342_HS1-416511228_319.1 Flying Discs 1949
Agency: Department of War
Incident date: 1/9/50
Page 44
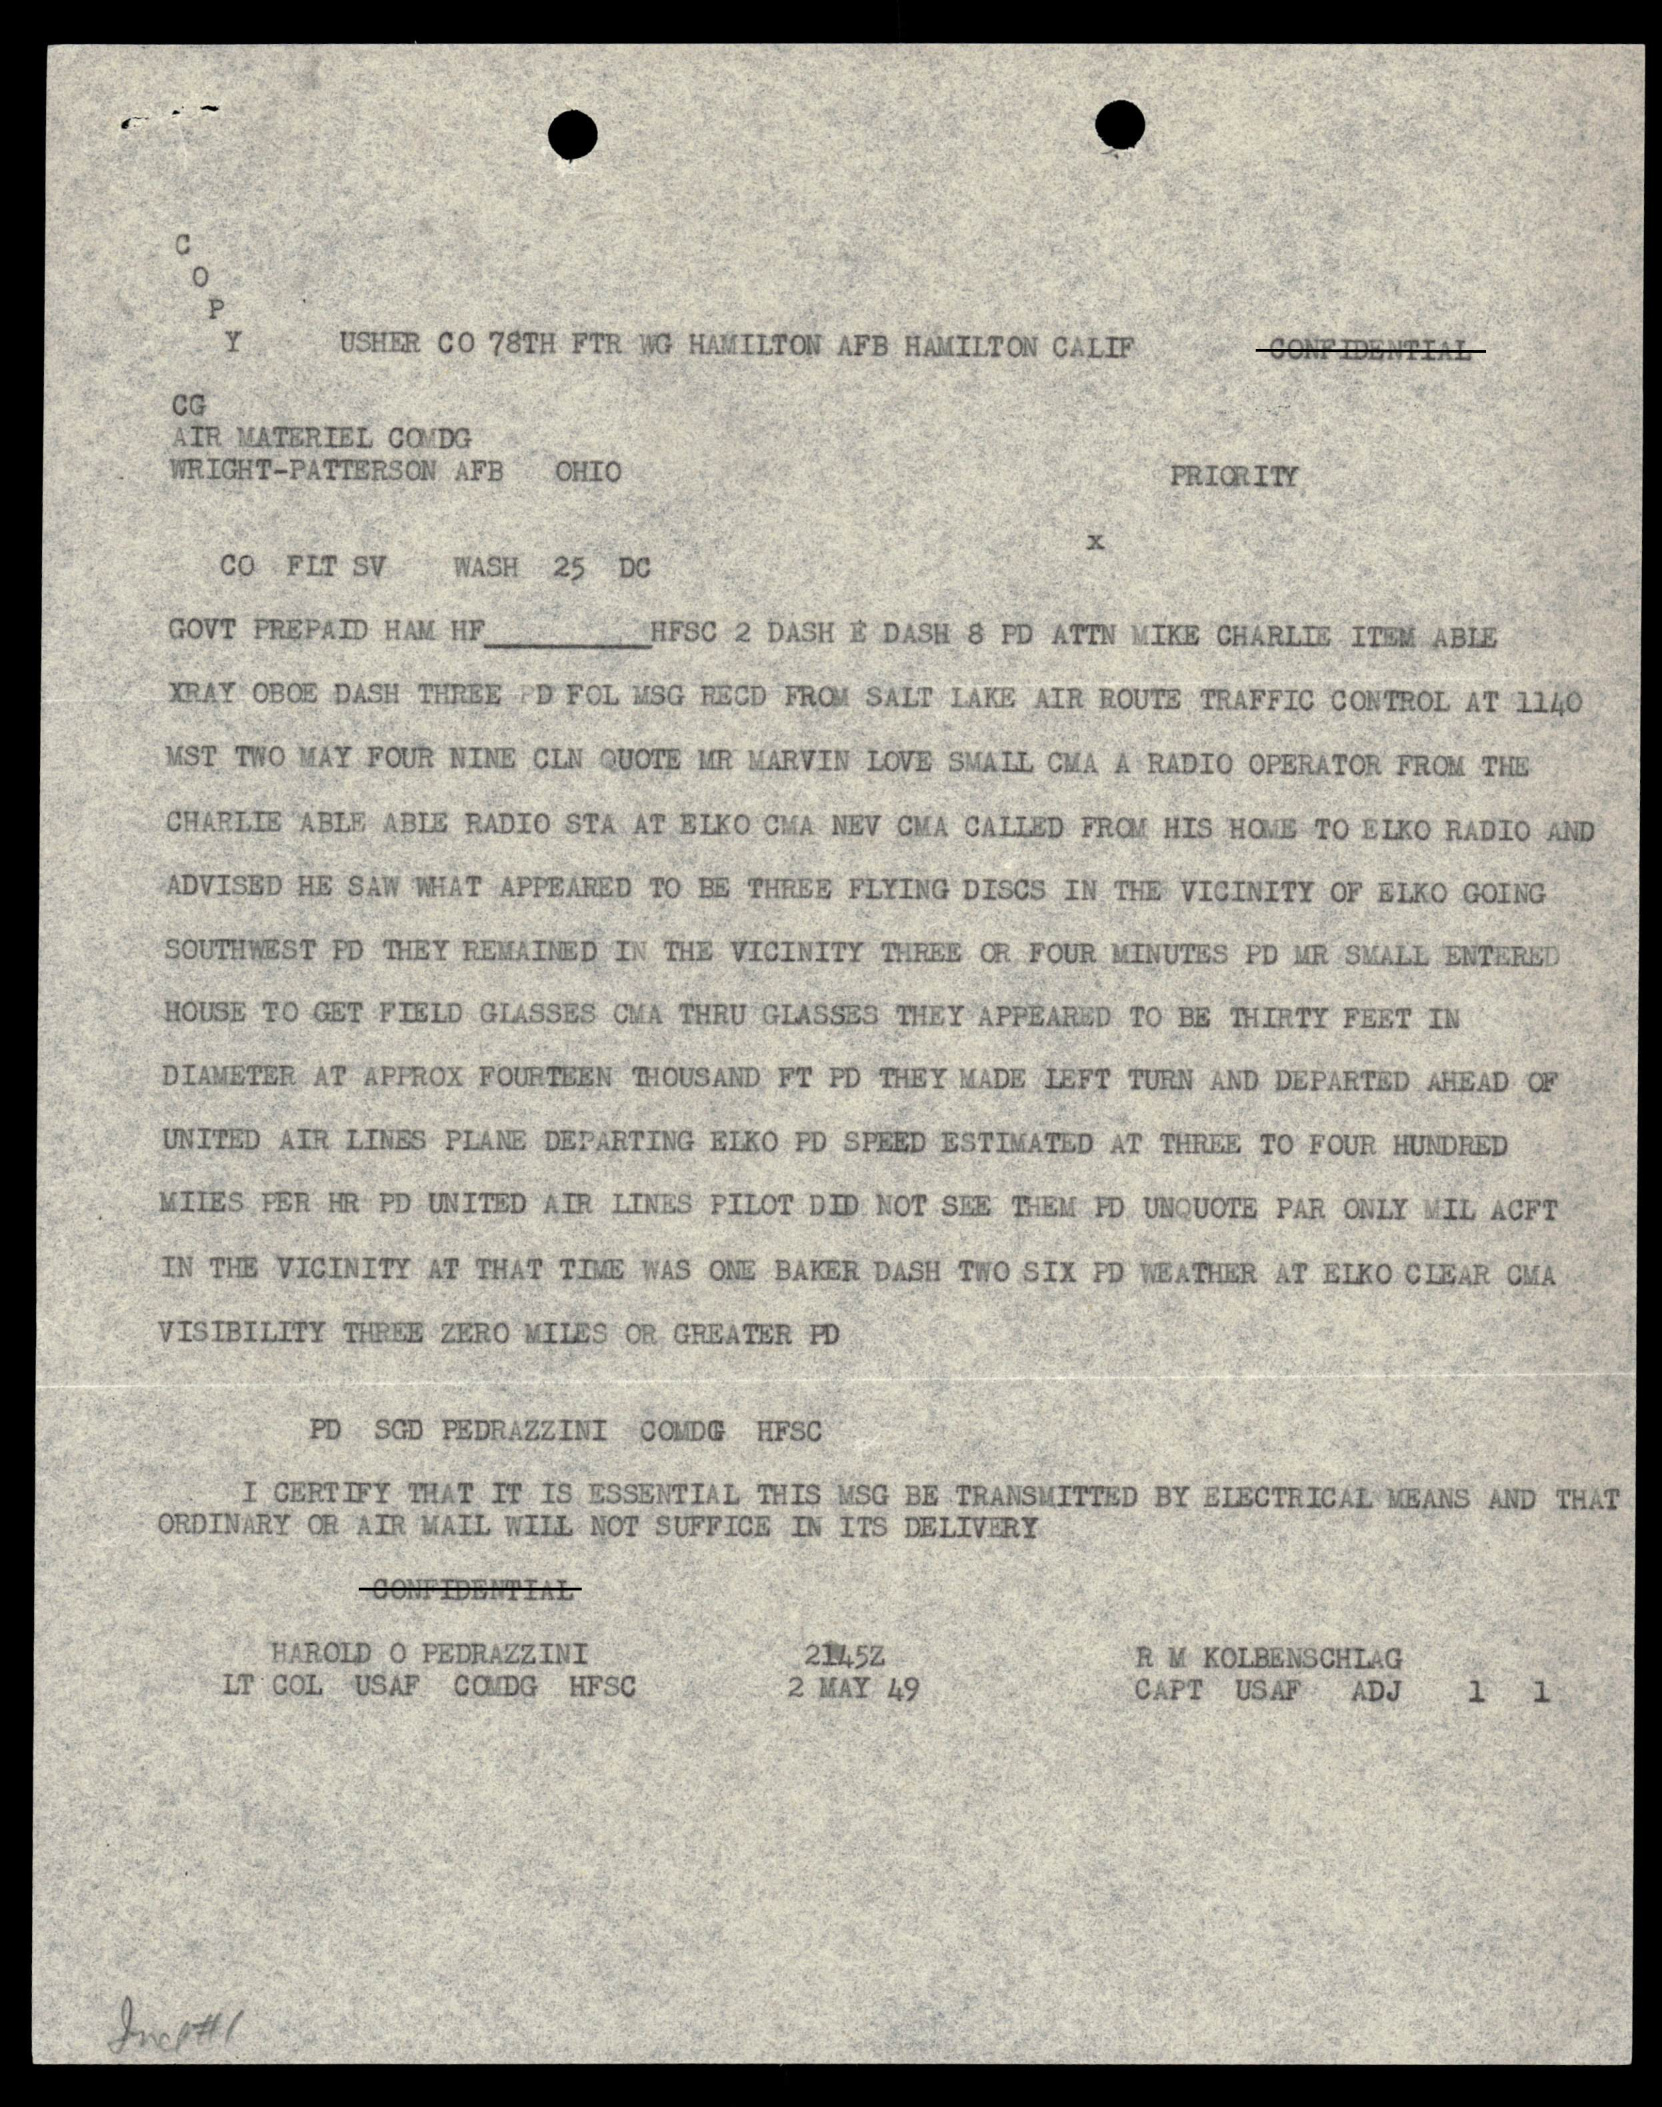